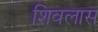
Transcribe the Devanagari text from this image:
शिवलास